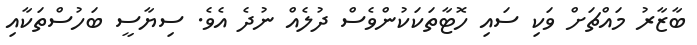
ބާޒާރު މައްޗަށް ވަކި ސައި ހޮޓާތަކަކުންވެސް ދުލެއް ނުދެ އެވެ. ސިޔާސީ ބަހުސްތަކާއި